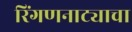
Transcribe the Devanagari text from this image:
रिंगणनाट्याचा